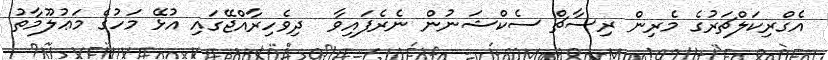
އެގްރިކަލްޗަރުގެ މެރިން ރިސާޗް ސެކްޝަނުން ނެރެފައިވާ  ދިވެހިރާއްޖޭގައި އުޅޭ މަހުގެ މަޢުލޫމާތު